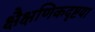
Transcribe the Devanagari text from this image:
क्षैक्षणिकदृष्टया